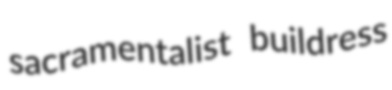
sacramentalist buildress